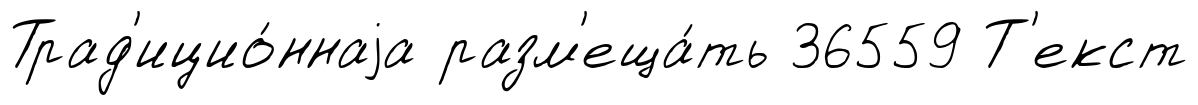
Трад'ицио́ннаjа разм'еща́ть 36559 Т'екст